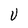
Character: U